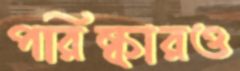
পরিষ্কারও